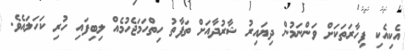
އެކިއެކި ފިހާރަތަކަށް ވަންނަމުން ދިޔައިރު ޝާރުދާއަށް ތަފާތު ހިތްހަމަޖެހުމެއް ލިބިފައި ހުރި ކަހަލައެވެ.